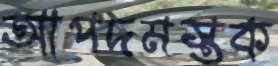
আপদমস্তক